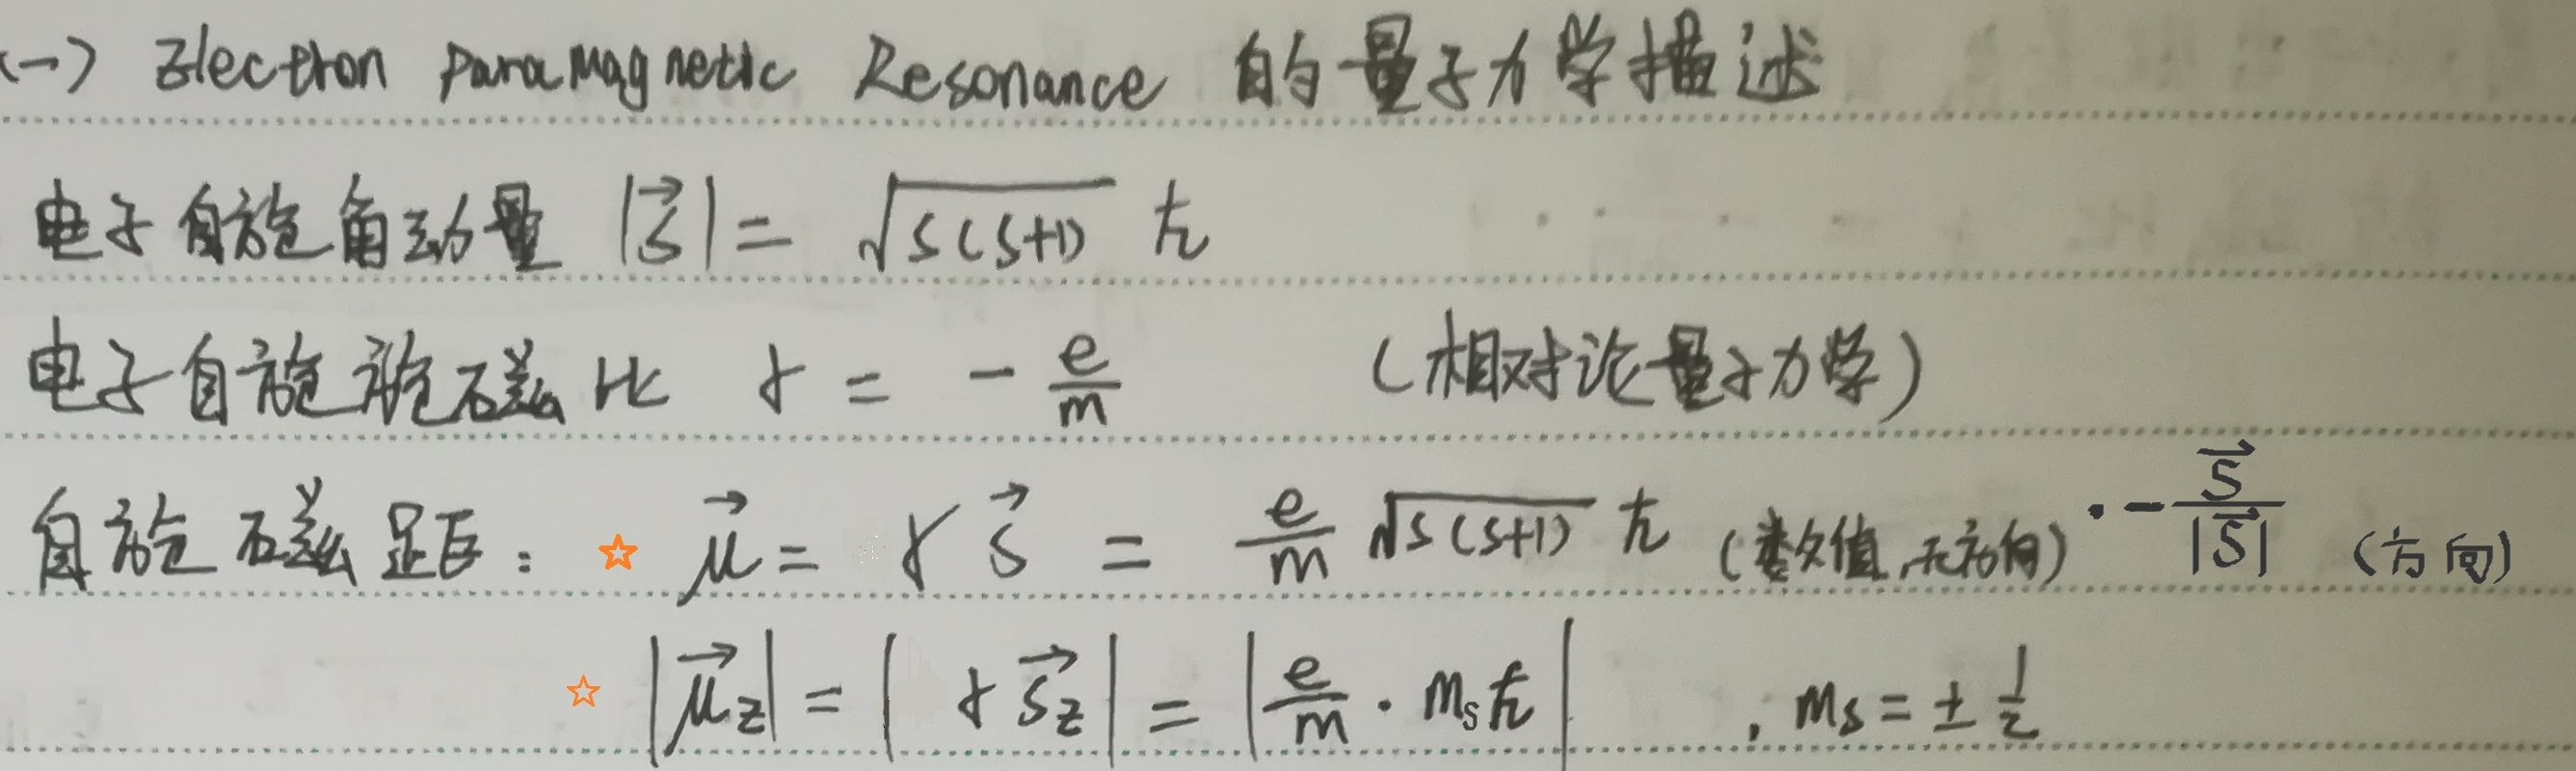
(一） Electron Paramagnetic Resonance 的量子力学描述
电子自旋角动量 \(|\vec{S}| = \sqrt{S(S + 1)}\hbar\)
电子自旋旋磁比 \(\gamma=-\frac{e}{m}\) （相对论量子力学）
自旋磁矩： ★ \(\vec{\mu}=\gamma\vec{S}=\frac{e}{m}\sqrt{S(S + 1)}\hbar\) (数值,无方向) \(\cdot-\frac{\vec{S}}{|\vec{S}|}\) (方向)
★ \(|\vec{\mu}_{z}| = |\gamma\vec{S}_{z}|=\left|\frac{e}{m}\cdot m_{s}\hbar\right|\) , \(m_{s}=\pm\frac{1}{2}\)